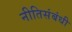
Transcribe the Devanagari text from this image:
नीतिसंबंधी